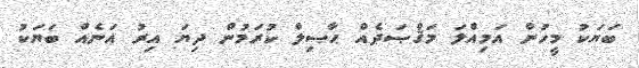
ބަޔަކު މީހުން އަމިއްލަ މަޤްޞަދެއް ޙާޞިލް ކުރަމުން ދިޔަ އިރު އަނެއް ބަޔަކު